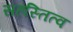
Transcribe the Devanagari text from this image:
सहस्तित्व